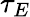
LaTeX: \tau_{E}